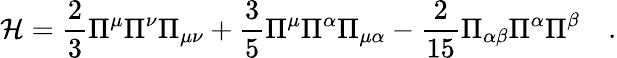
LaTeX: \mathcal{H}=\frac{{2}}{{3}}\Pi^{\mu}\Pi^{\nu}\Pi_{\mu\nu}+\frac{{3}}{{5}}\Pi^{\mu}\Pi^{\alpha}\Pi_{\mu\alpha}-\frac{{2}}{{15}}\Pi_{\alpha\beta}\Pi^{\alpha}\Pi^{\beta}\quad.